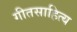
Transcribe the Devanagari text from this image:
गीतसाहित्य